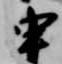
申